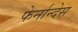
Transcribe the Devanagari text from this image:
फेर्नान्देस